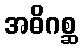
အဓိဂစ္ဆ